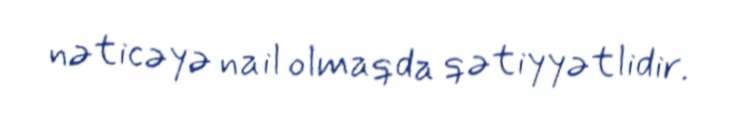
nəticəyə nail olmaqda qətiyyətlidir.